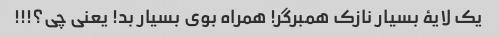
یک لایۀ بسیار نازک همبرگر! همراه بوی بسیار بد! یعنی چی؟!!!